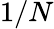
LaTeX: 1/N